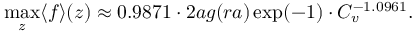
\operatorname* { m a x } _ { z } \langle f \rangle ( z ) \approx 0 . 9 8 7 1 \cdot 2 a g ( r a ) \exp ( - 1 ) \cdot C _ { v } ^ { - 1 . 0 9 6 1 } .